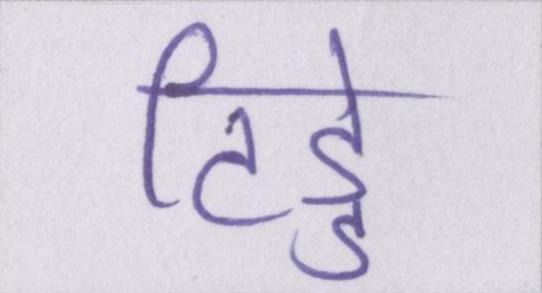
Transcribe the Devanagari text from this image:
टिड्डे